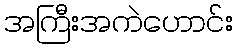
အကြီးအကဲဟောင်း